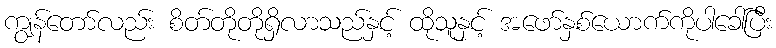
ကျွန်တော်လည်း စိတ်တိုတိုရှိလာသည်နှင့် ထိုသူနှင့် အဖော်နှစ်ယောက်ကိုပါခေါ်ပြီး